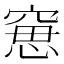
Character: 𥦾